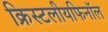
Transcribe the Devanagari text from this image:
क्रिस्टलीयफिनॉल